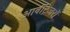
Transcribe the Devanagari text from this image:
आर्बीट्रेजरों